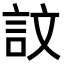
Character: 𫌴